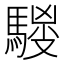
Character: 𱄦